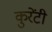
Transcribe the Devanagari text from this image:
कुरेंटी